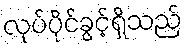
လုပ်ပိုင်ခွင့်ရှိသည်